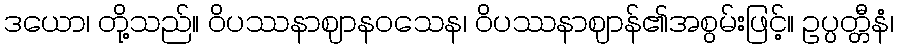
ဒယော၊ တို့သည်။ ဝိပဿနာဈာနဝသေန၊ ဝိပဿနာဈာန်၏အစွမ်းဖြင့်။ ဥပ္ပတ္တီနံ၊